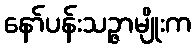
နော်ပန်းသဉ္ဇာမျိုးက